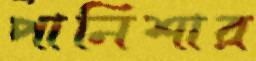
পানিশার